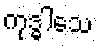
ကုဒ္ဓါသေ